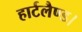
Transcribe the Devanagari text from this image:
हार्टलैण्ड।